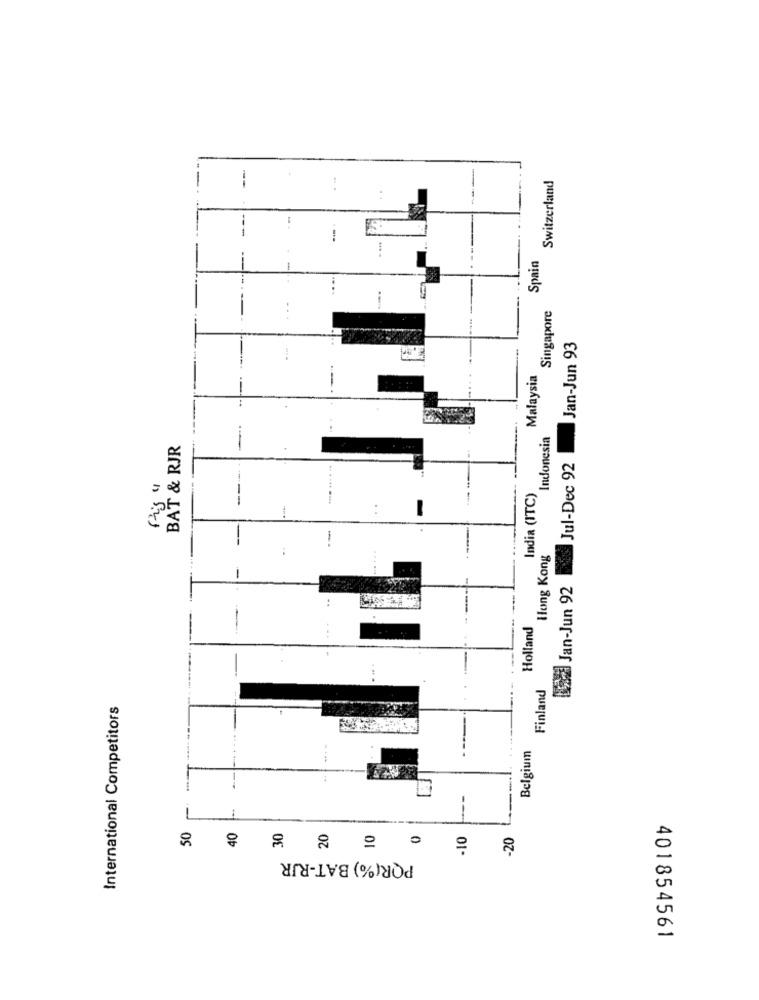
Switzerland
24
Spain
...
Singapore
Jan-Jun 93
Malaysia
Indonesia
BAT & RJR
Jul-Dec 92
India (ITC)
--
Hong Kong
wed Jan-Jun 92
..
Holland
Finland
International Competitors
Belgium
50
40
-10
-20
POR(%) BAT-RJR
401854561